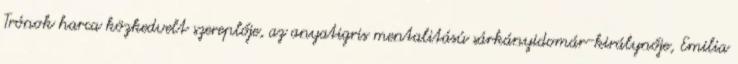
Trónok harca közkedvelt szereplője, az anyatigris mentalitású sárkányidomár-királynője, Emilia